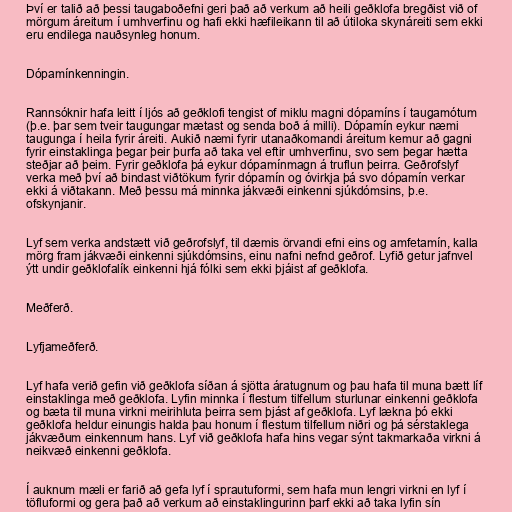
Því er talið að þessi taugaboðefni geri það að verkum að heili geðklofa bregðist við of
mörgum áreitum í umhverfinu og hafi ekki hæfileikann til að útiloka skynáreiti sem ekki
eru endilega nauðsynleg honum.

Dópamínkenningin.

Rannsóknir hafa leitt í ljós að geðklofi tengist of miklu magni dópamíns í taugamótum
(þ.e. þar sem tveir taugungar mætast og senda boð á milli). Dópamín eykur næmi
taugunga í heila fyrir áreiti. Aukið næmi fyrir utanaðkomandi áreitum kemur að gagni
fyrir einstaklinga þegar þeir þurfa að taka vel eftir umhverfinu, svo sem þegar hætta
steðjar að þeim. Fyrir geðklofa þá eykur dópamínmagn á truflun þeirra. Geðrofslyf
verka með því að bindast viðtökum fyrir dópamín og óvirkja þá svo dópamín verkar
ekki á viðtakann. Með þessu má minnka jákvæði einkenni sjúkdómsins, þ.e.
ofskynjanir.

Lyf sem verka andstætt við geðrofslyf, til dæmis örvandi efni eins og amfetamín, kalla
mörg fram jákvæði einkenni sjúkdómsins, einu nafni nefnd geðrof. Lyfið getur jafnvel
ýtt undir geðklofalík einkenni hjá fólki sem ekki þjáist af geðklofa.

Meðferð.

Lyfjameðferð.

Lyf hafa verið gefin við geðklofa síðan á sjötta áratugnum og þau hafa til muna bætt líf
einstaklinga með geðklofa. Lyfin minnka í flestum tilfellum sturlunar einkenni geðklofa
og bæta til muna virkni meirihluta þeirra sem þjást af geðklofa. Lyf lækna þó ekki
geðklofa heldur einungis halda þau honum í flestum tilfellum niðri og þá sérstaklega
jákvæðum einkennum hans. Lyf við geðklofa hafa hins vegar sýnt takmarkaða virkni á
neikvæð einkenni geðklofa.

Í auknum mæli er farið að gefa lyf í sprautuformi, sem hafa mun lengri virkni en lyf í
töfluformi og gera það að verkum að einstaklingurinn þarf ekki að taka lyfin sín